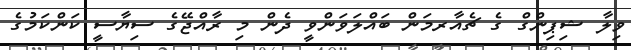
ވިލާ ޝިޕިންގް ގެ ޗެއާރމަން ބައްލަވަންވީ ދެން މި ރާއްޖޭގެ ސިޔާސީ ކަންކަމުގެ